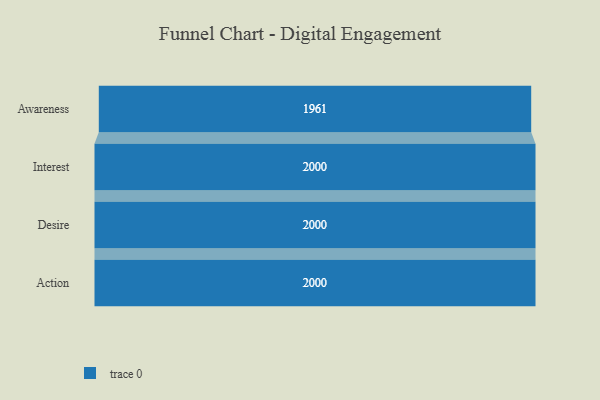
{"axis": {"x": "Stage", "y": "Value"}, "legend": [""], "data": [{"x": "Awareness", "y": 1961.0, "type": ""}, {"x": "Interest", "y": 2000, "type": ""}, {"x": "Desire", "y": 2000, "type": ""}, {"x": "Action", "y": 2000, "type": ""}]}